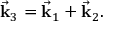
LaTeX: { \vec { \mathbf { k } } } _ { 3 } = { \vec { \mathbf { k } } } _ { 1 } + { \vec { \mathbf { k } } } _ { 2 } .